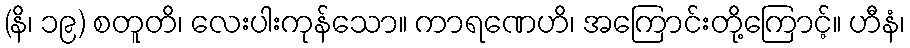
(နိ၊ ၁၉) စတူတိ၊ လေးပါးကုန်သော။ ကာရဏေဟိ၊ အကြောင်းတို့ကြောင့်။ ဟီနံ၊